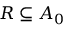
R \subseteq A _ { 0 }